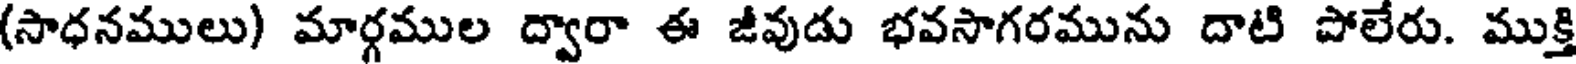
(సాధనములు) మార్గముల ద్వారా ఈ జీవుడు భవసాగరమును దాటి పోలేరు. ముక్తి